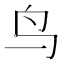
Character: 鸟